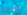
المتبادلة